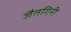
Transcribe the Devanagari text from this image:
जैतगिरी